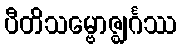
ပီတိသမ္ဗောဇ္ဈင်္ဂဿ